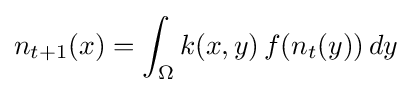
n_{t+1}(x)=\int _{\Omega }k(x,y)\,f(n_{t}(y))\,dy